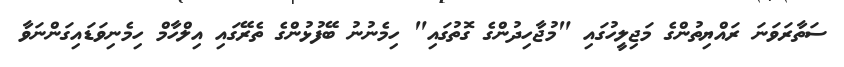
ސަތާރަވަނަ ރައްޔިތުންގެ މަޖިލީހުގައި "މުޖާހިދުންގެ ގޮތުގައި" ހިމެނުނު ބޭފުޅުންގެ ތެރޭގައި އިލްހާމް ހިމެނިވަޑައިގަންނަވާ